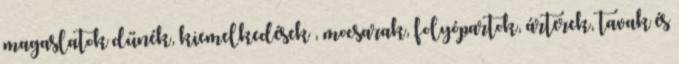
magaslatok dűnék, kiemelkedések , mocsarak, folyópartok, árterek, tavak és